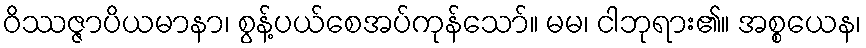
ဝိဿဇ္ဇာပိယမာနာ၊ စွန့်ပယ်စေအပ်ကုန်သော်။ မမ၊ ငါဘုရား၏။ အစ္စယေန၊